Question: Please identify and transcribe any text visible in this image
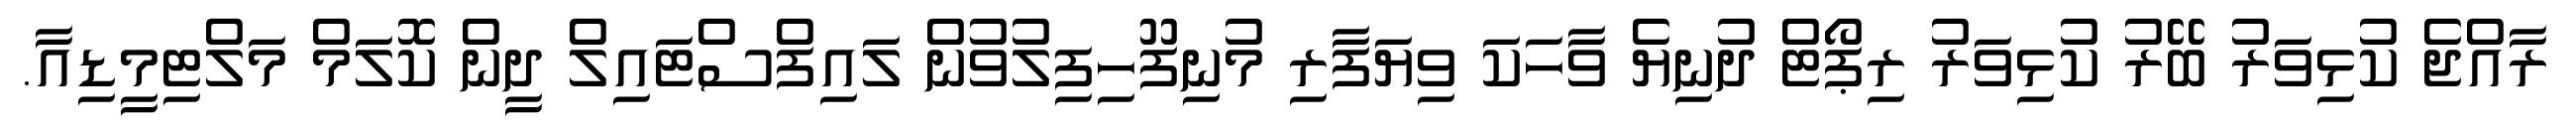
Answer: ރާއްޖެ ކުޅިވަރު ބޭރު ކުޅިވަރު ރިޕޯޓް ދުނިޔެ ވާހަކަ ވިޔަފާރި މުނިފޫހިފިލުވުން ލައިފްސްޓައިލް ދީން ކޮލަމް މަލްޓިމީޑިއާ.